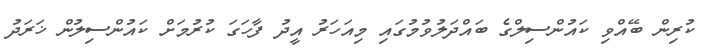
ކުރިން ބޭއްވި ކައުންސިލްގެ ބައްދަލުވުމުގައި މިއަހަރު އީދު ފާހަގަ ކުރުމަށް ކައުންސިލުން ޚަރަދު